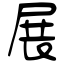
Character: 展